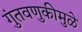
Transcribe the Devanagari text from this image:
गुंतवणुकीमुळे